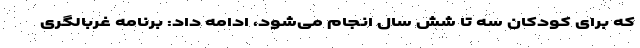
که برای کودکان سه تا شش سال انجام می‌شود، ادامه داد: برنامه غربالگری